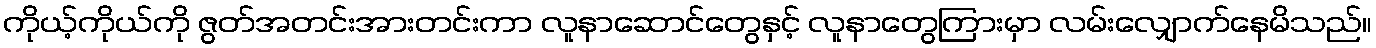
ကိုယ့်ကိုယ်ကို ဇွတ်အတင်းအားတင်းကာ လူနာဆောင်တွေနှင့် လူနာတွေကြားမှာ လမ်းလျှောက်နေမိသည်။